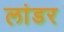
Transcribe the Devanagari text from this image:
लांडर